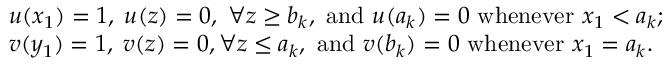
\begin{array} { r l } & { u ( x _ { 1 } ) = 1 , \; u ( z ) = 0 , \; \forall z \geq b _ { k } , \mathrm { ~ a n d ~ } u ( a _ { k } ) = 0 \mathrm { ~ w h e n e v e r ~ } x _ { 1 } < a _ { k } ; } \\ & { v ( y _ { 1 } ) = 1 , \; v ( z ) = 0 , \forall z \leq a _ { k } , \mathrm { ~ a n d ~ } v ( b _ { k } ) = 0 \mathrm { ~ w h e n e v e r ~ } x _ { 1 } = a _ { k } . } \end{array}